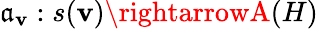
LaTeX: \mathfrak{a}_{\mathbf{v}}:s(\mathbf{v})\rightarrowA(H)